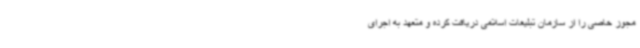
مجوز خاصی را از سازمان تبلیغات اسلامی دریافت کرده و متعهد به اجرای